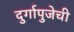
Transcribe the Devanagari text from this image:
दुर्गापुजेची